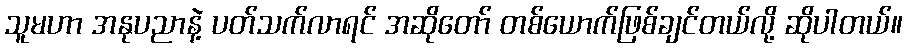
သူမဟာ အနုပညာနဲ့ ပတ်သက်လာရင် အဆိုတော် တစ်ယောက်ဖြစ်ချင်တယ်လို့ ဆိုပါတယ်။